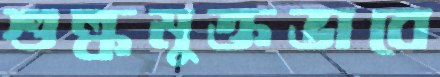
শুল্কমুক্তভাবে